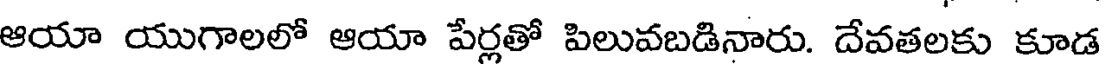
ఆయా యుగాలలో ఆయా పేర్లతో పిలువబడినారు. దేవతలకు కూడ